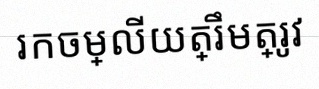
រកចម្លើយត្រឹមត្រូវ